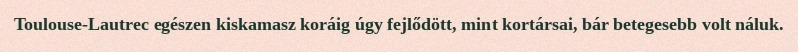
Toulouse-Lautrec egészen kiskamasz koráig úgy fejlődött, mint kortársai, bár betegesebb volt náluk.